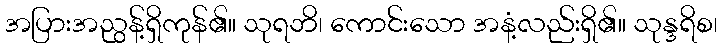
အပြားအညွန့်ရှိကုန်၏။ သုရဘိ၊ ကောင်းသော အနံ့လည်းရှိ၏။ သုန္ဒရိစ၊